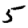
Digit: 5